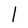
Character: l